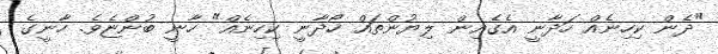
"ދެން ކިހިނެއް ހަދާނީ އެގެއިން ލިޔުންތައް ހޯދާނީ ކިހިނެއް" ހާނީ ބުންޏެވެ. ހާނީގެ